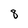
Character: 8